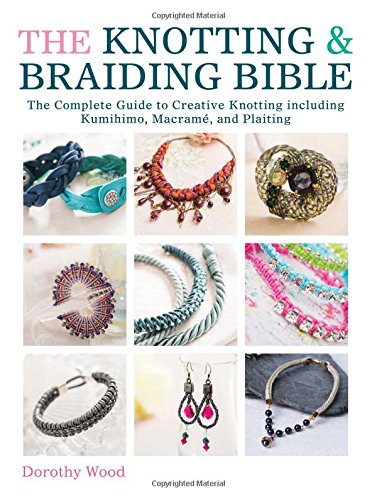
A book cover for The Knotting & Braiding Bible: The Complete Guide to Creative Knotting Including Kumihimo, Macrame and Plaiting; Dorothy Wood; Crafts, Hobbies & Home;